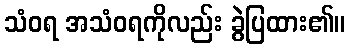
သံဝရ အသံဝရကိုလည်း ခွဲပြထား၏။